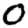
Digit: 0